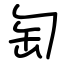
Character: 匋